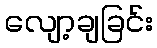
လျော့ချခြင်း